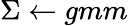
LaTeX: \Sigma\leftarrow gmm